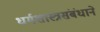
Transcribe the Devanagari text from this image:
धर्मशास्त्रसंबंधाने